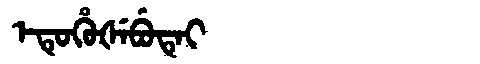
Manchu: ᡝᡨᡠᡥᡠᡧᡝᠪᡠᡨᡝᡳ
Romanization: ETUHUŠEBUTEI